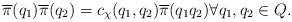
LaTeX: \begin{align*} \overline{\pi}(q_1) \overline{\pi}(q_2) = c_\chi(q_1, q_2) \overline{\pi}(q_1 q_2) \forall q_1,q_2\in Q.\end{align*}